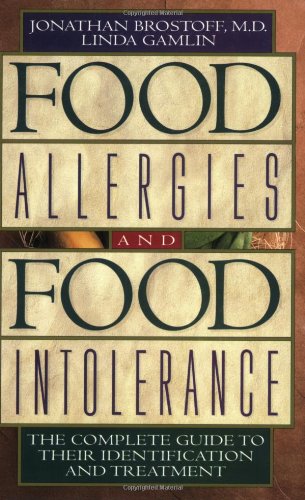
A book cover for Food Allergies and Food Intolerance: The Complete Guide to Their Identification and Treatment; Jonathan Brostoff; Health, Fitness & Dieting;